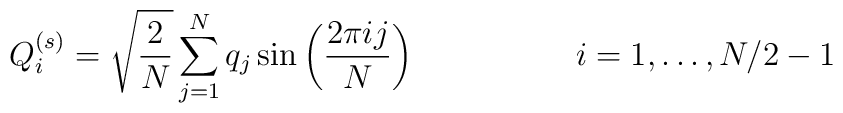
Q_i^{(s)} = \sqrt{\frac{2}{N}} \sum_{j=1}^N q_j \sin \left( \frac{2 \pi i  j}{N} \right) \hspace{2cm} i=1,\ldots,N/2-1